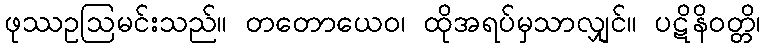
ဖုဿဥဩမင်းသည်။ တတောယေဝ၊ ထိုအရပ်မှသာလျှင်။ ပဋိနိဝတ္တိ၊